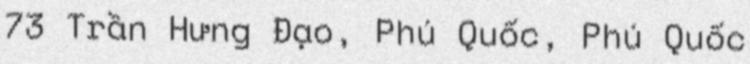
73 Trần Hưng Đạo, Phú Quốc, Phú Quốc